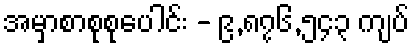
အမှာစာစုစုပေါင်း - ၉,၈၇၆,၅၄၃ ကျပ်